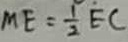
M E = \frac { 1 } { 2 } E C